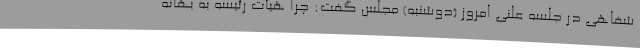
شفاهی در جلسه علنی امروز (دوشنبه) مجلس گفت: چرا هیأت رئیسه به بهانه